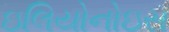
ઇલિયોનોઇસ